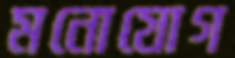
মনোযোগ